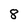
Character: 8